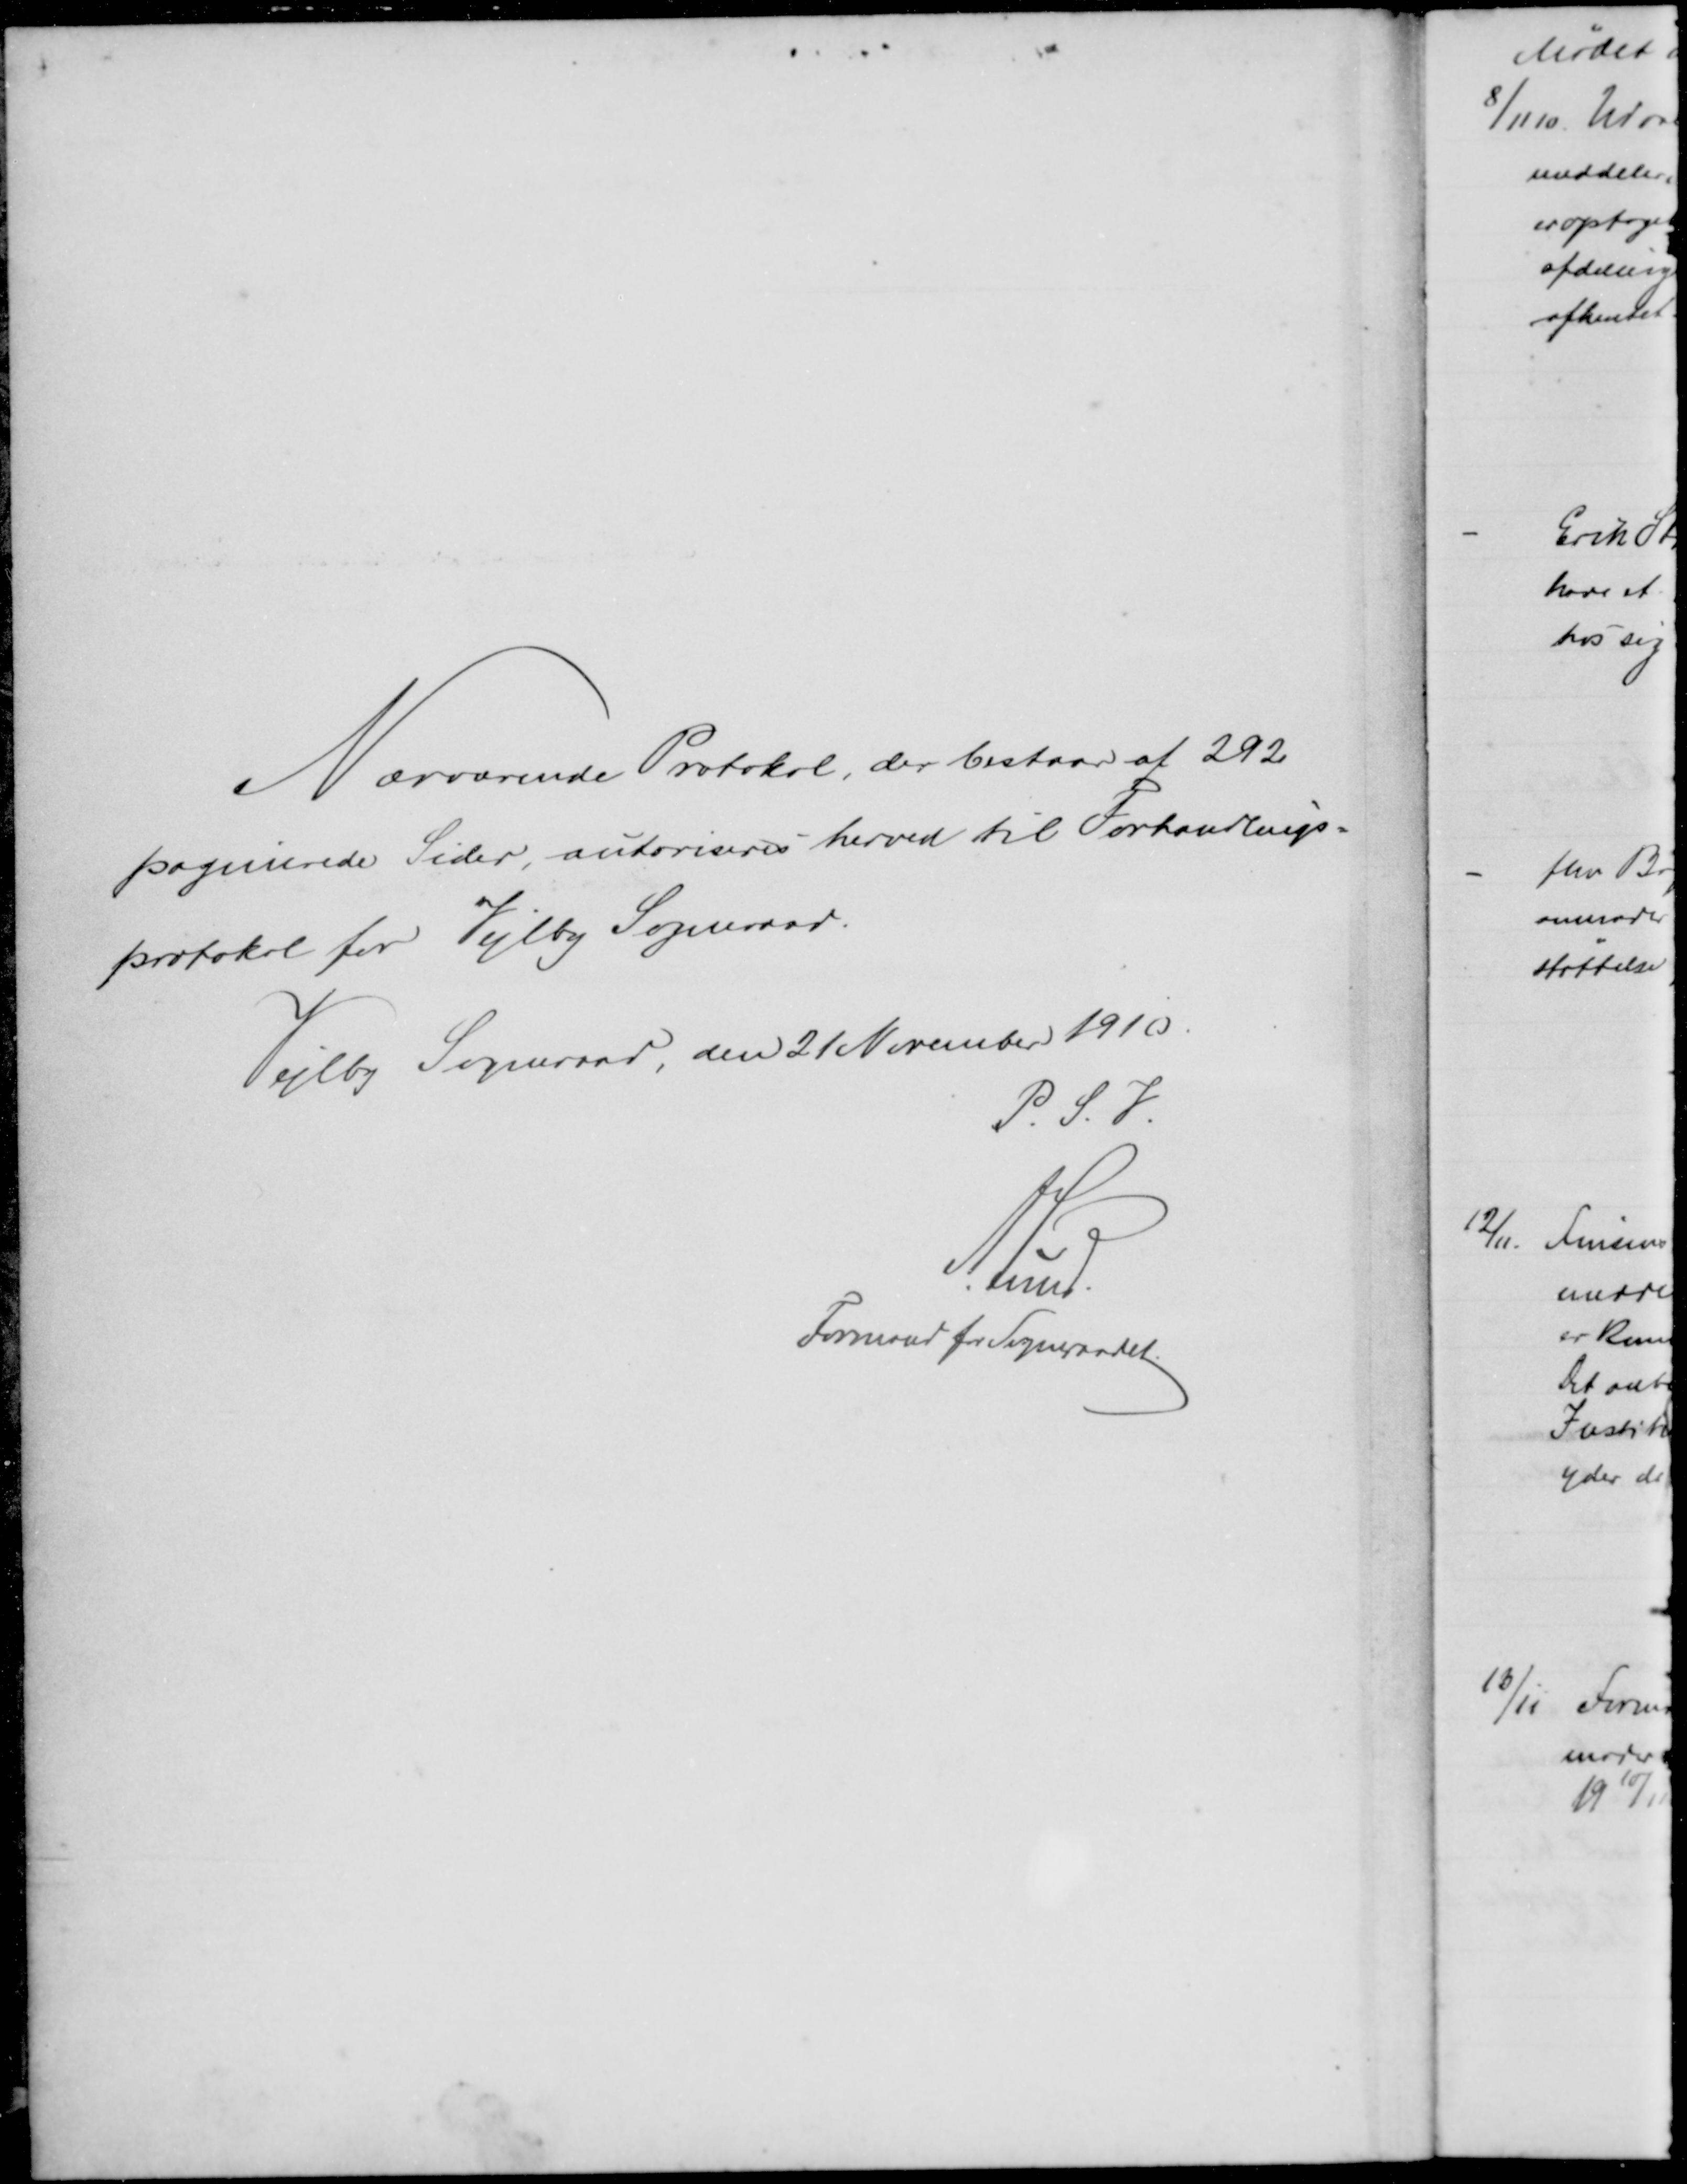
Transskription:
Nærværende Protokol, der bestaar af 292
pagierede Sider autoriseres herved til Forhandlings=
protokol for Vejlby Sogneraad.
Vejlby Sogneraad, den 21 November 1910.
P. S. V.
A. Lund
Formand for Sogneraadet